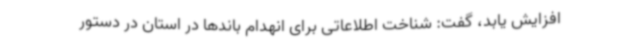
افزایش یابد، گفت: شناخت اطلاعاتی برای انهدام باندها در استان در دستور